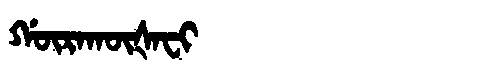
Manchu: ᡤᡡᡵᠠᡴᡡᡧᠠᠸᡳ
Romanization: GŪRAKŪŠAFI